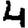
Digit: 4